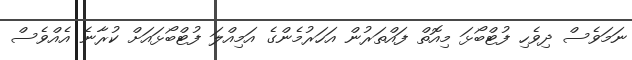
ނަމަވެސް ދިވެހި ފުޓްބޯޅަ މިއޮތް ފައްތަރުން އަހަރުމެންގެ އަމިއްލަ ފުޓްބޯޅައަށް ކުރާނެ އެއްވެސް